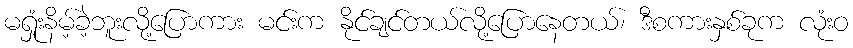
မရှုံးနိမ့်ခဲ့ဘူးလို့ပြောကား မင်းက နိုင်ချင်တယ်လို့ပြောနေတယ်၊ ဒီစကားနှစ်ခုက လုံးဝ